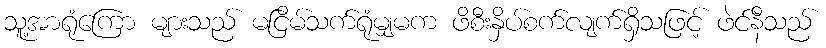
သူ့အာရုံကြော များသည် မငြိမ်သက်ရုံမျှမက ဖိစီးနှိပ်စက်လျက်ရှိသဖြင့် ဖဲင်နီသည်